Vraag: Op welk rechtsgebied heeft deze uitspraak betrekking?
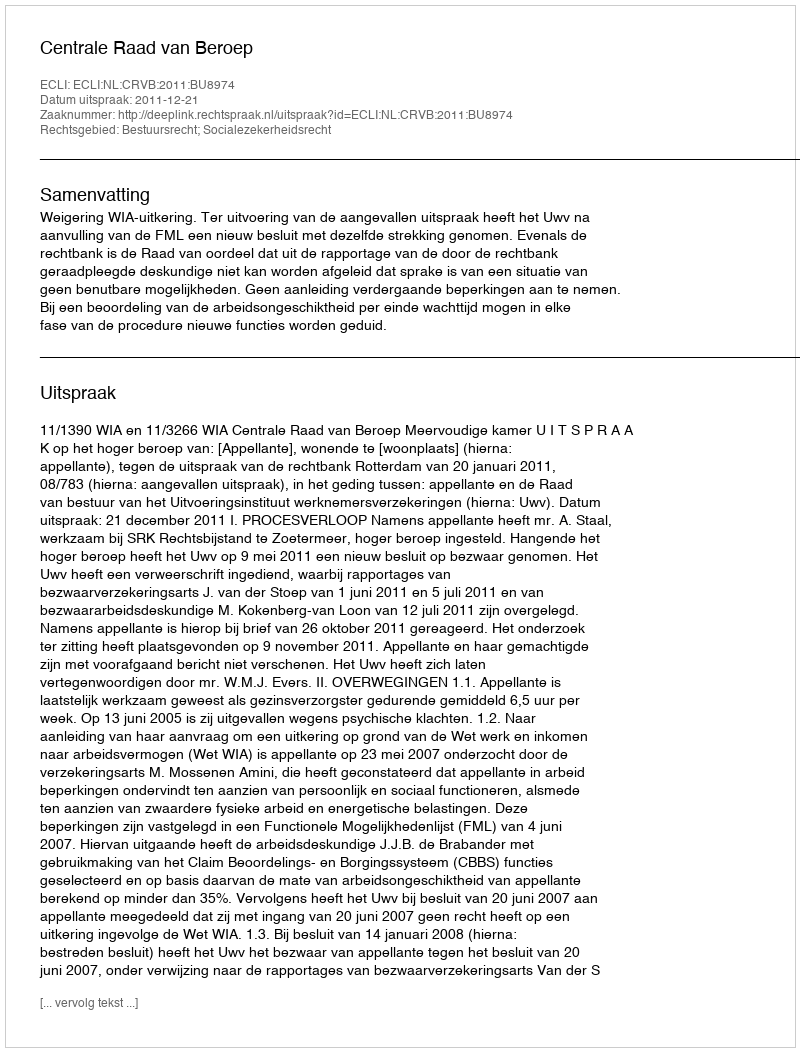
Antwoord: Bestuursrecht; Socialezekerheidsrecht